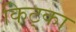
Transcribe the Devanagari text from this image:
किट्का